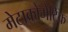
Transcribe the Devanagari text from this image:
मेटाक्रोमेटिक